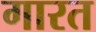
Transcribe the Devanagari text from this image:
गारत